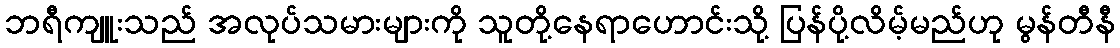
ဘရီကျူးသည် အလုပ်သမားများကို သူတို့နေရာဟောင်းသို့ ပြန်ပို့လိမ့်မည်ဟု မွန်တီနီ